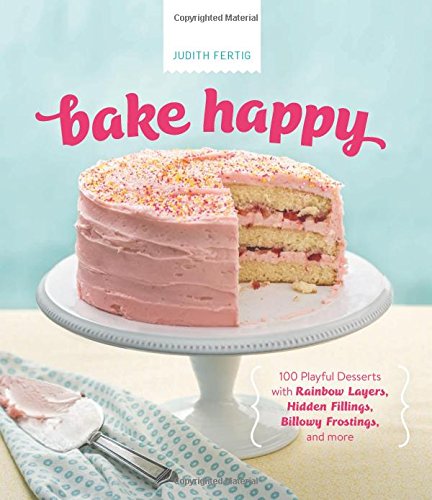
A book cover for Bake Happy: 100 Playful Desserts with Rainbow Layers, Hidden Fillings, Billowy Frostings, and more; Judith Fertig; Cookbooks, Food & Wine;